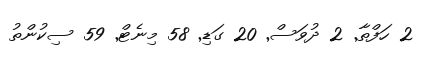
2 ހަފްތާ